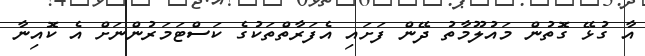
އާ ގުޅޭ ގޮތުން މައުލޫމާތު ދޭން ފަށައި އެފަރާތްތަކުގެ ކަސްޓަމަރުންނަށް އެ ކޮއިނާ